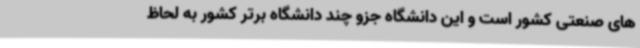
های صنعتی کشور است و این دانشگاه جزو چند دانشگاه برتر کشور به لحاظ